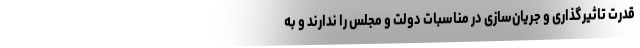
قدرت تاثیرگذاری و جریان‌سازی در مناسباتِ دولت و مجلس را ندارند و به